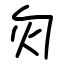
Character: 灳